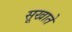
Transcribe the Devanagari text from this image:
सूखाते